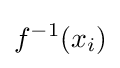
f^{-1}(x_{i})